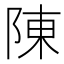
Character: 陳